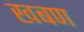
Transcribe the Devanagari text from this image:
खबण